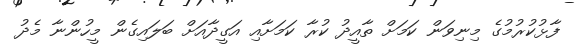
ފާޅުކުރުމުގެ މިނިވަން ކަމަށް ތާއީދު ކުރާ ކަމަށާއި އަގީދާއަށް ބަލައިގެން މީހުންނާ މެދު